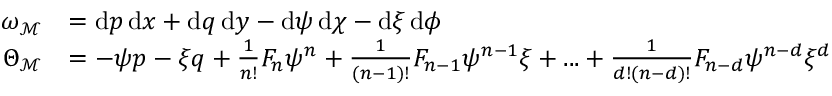
\begin{array} { r l } { \omega _ { \mathcal { M } } } & { = \mathrm { d } p \, \mathrm { d } x + \mathrm { d } q \, \mathrm { d } y - \mathrm { d } \psi \, \mathrm { d } \chi - \mathrm { d } \xi \, \mathrm { d } \phi } \\ { \Theta _ { \mathcal { M } } } & { = - \psi p - \xi q + \frac { 1 } { n ! } F _ { n } \psi ^ { n } + \frac { 1 } { ( n - 1 ) ! } F _ { n - 1 } \psi ^ { n - 1 } \xi + . . . + \frac { 1 } { d ! ( n - d ) ! } F _ { n - d } \psi ^ { n - d } \xi ^ { d } } \end{array}